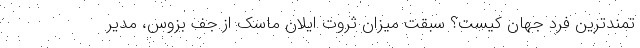
تمندترین فرد جهان کیست؟ سبقت میزان ثروت ایلان ماسک از جف بزوس، مدیر